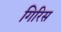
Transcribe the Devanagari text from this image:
गिरिस